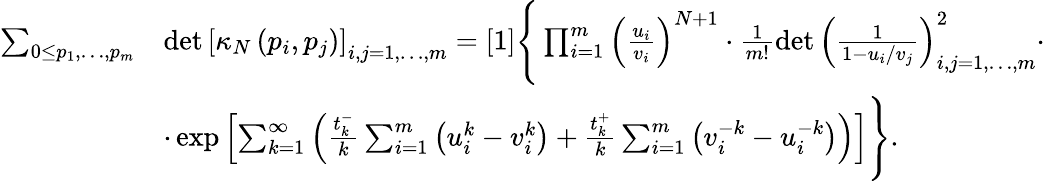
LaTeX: \begin{array}{rl}{\sum_{0\leq p_{1},\dots,p_{m}}}&{\operatorname*{det}\left[\kappa_{N}\left(p_{i},p_{j}\right)\right]_{i,j=1,\dots,m}=[1]\Bigg\{ \prod_{i=1}^{m}\left(\frac{u_{i}}{v_{i}}\right)^{N+1}\cdot\frac{1}{m!}\operatorname*{det}\left(\frac{1}{1-u_{i}/v_{j}}\right)_{i,j=1,\dots,m}^{2}\cdot}\\ &{\cdot\exp\left[\sum_{k=1}^{\infty}\left(\frac{t_{k}^{-}}{k}\sum_{i=1}^{m}\left(u_{i}^{k}-v_{i}^{k}\right)+\frac{t_{k}^{+}}{k}\sum_{i=1}^{m}\left(v_{i}^{-k}-u_{i}^{-k}\right)\right)\right]\Bigg\} .}\end{array}